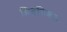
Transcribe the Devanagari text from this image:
शिवनिश्चल